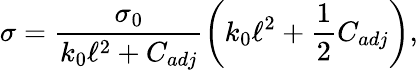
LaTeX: \sigma=\frac{\sigma_{0}}{k_{0}\ell^{2}+C_{adj}}\left(k_{0}\ell^{2}+\frac{1}{2}C_{adj}\right),